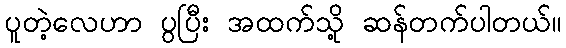
ပူတဲ့လေဟာ ပွပြီး အထက်သို့ ဆန်တက်ပါတယ်။